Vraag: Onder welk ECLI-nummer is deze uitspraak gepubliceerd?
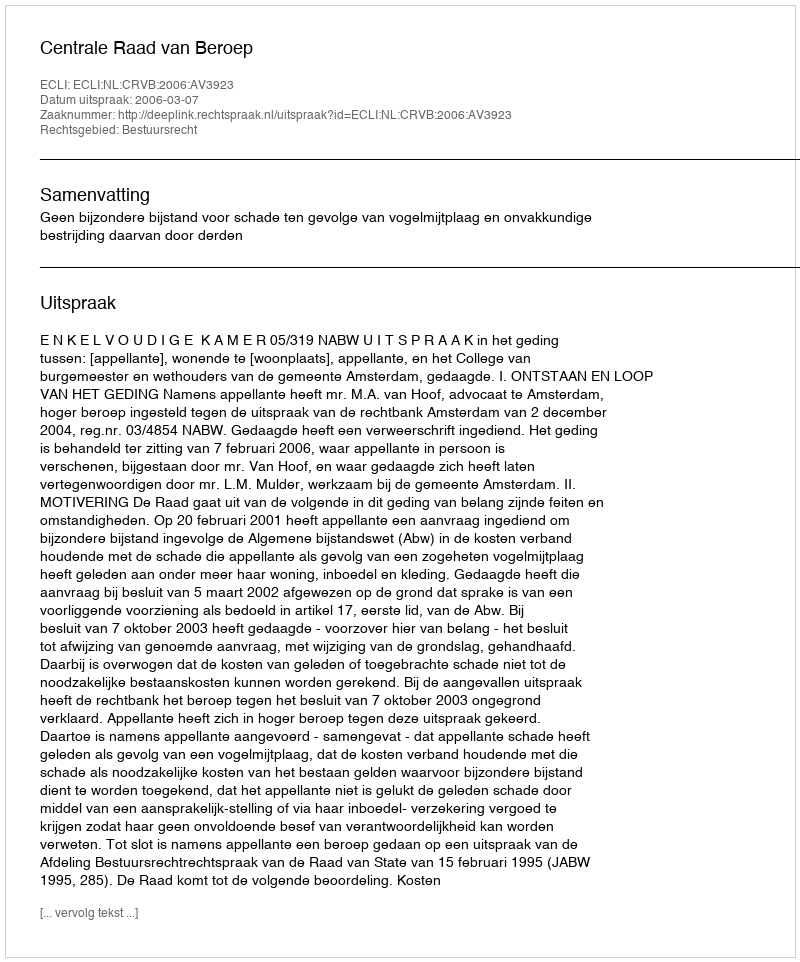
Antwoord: ECLI:NL:CRVB:2006:AV3923